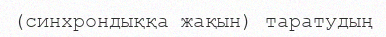
(синхрондыққа жақын) таратудың